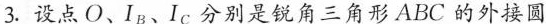
3.设点O、I_{B}、I_{C}分别是锐角三角形ABC的外接圆